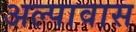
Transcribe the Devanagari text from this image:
अल्पावास